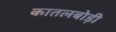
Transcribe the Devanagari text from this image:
कातलबोड़ी